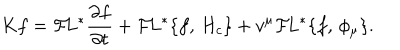
LaTeX: K f = { \cal F } \! L ^ { * } { \frac { \partial f } { \partial t } } + { \cal F } \! L ^ { * } \{ f , \, H _ { c } \} + v ^ { \mu } { \cal F } \! L ^ { * } \{ f , \, \phi _ { \mu } \} . \,